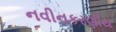
નવીનકરણીય